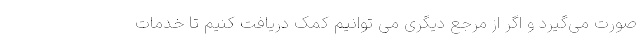
صورت می‌گیرد و اگر از مرجع دیگری می توانیم کمک دریافت کنیم تا خدمات